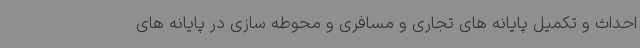
احداث و تکمیل پایانه های تجاری و مسافری و محوطه سازی در پایانه های